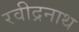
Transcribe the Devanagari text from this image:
रवीद्रनाथ